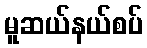
မူဆယ်နယ်စပ်